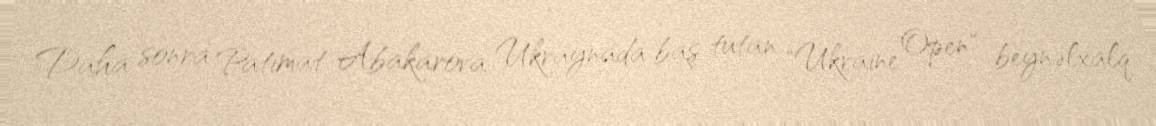
Daha sonra Patimat Abakarova Ukraynada baş tutan "Ukraine Open" beynəlxalq